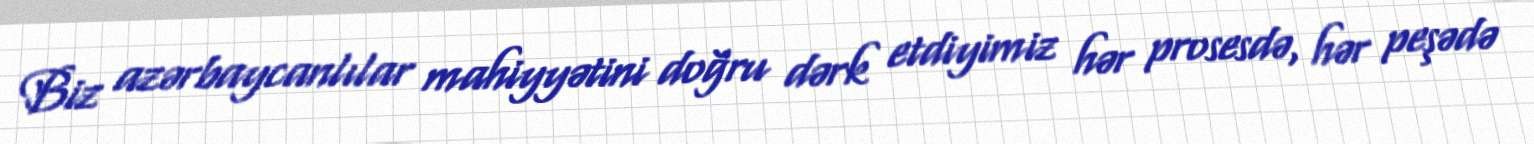
Biz azərbaycanlılar mahiyyətini doğru dərk etdiyimiz hər prosesdə, hər peşədə